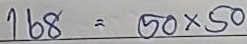
168 = 50 x 50